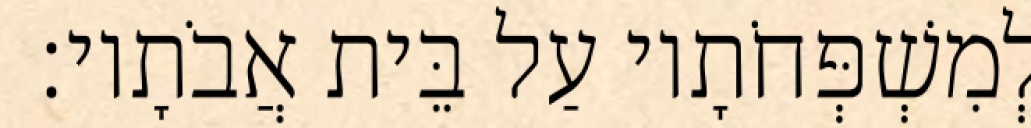
לְמִשְׁפְּחֹתָיו עַל בֵּית אֲבֹתָיו׃